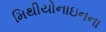
મિથીયોનાઇનના